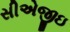
સીએજીઇ